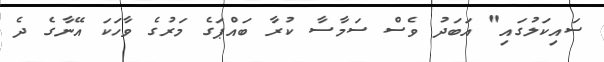
ސައިކަލުގައި" އަބަދު ވެސް ސަމާސާ ކުރާ ބައްޕަގެ މަރުގެ ވާހަކަ އޭނާގެ ދެ